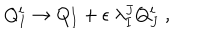
Q _ { I } ^ { i } \to Q _ { I } ^ { i } + \epsilon \ \lambda _ { I } ^ { J } Q _ { J } ^ { i } ~ ,